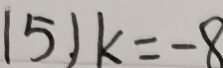
1 5 ) k = - 8